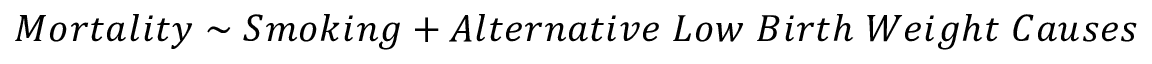
M o r t a l i t y \sim S m o k i n g + A l t e r n a t i v e \; L o w \; B i r t h \; W e i g h t \; C a u s e s